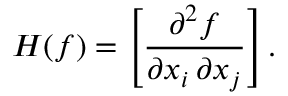
H ( f ) = \left[ { \frac { \partial ^ { 2 } f } { \partial x _ { i } \, \partial x _ { j } } } \right] .